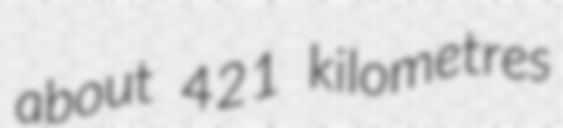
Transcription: about 421 kilometres